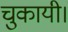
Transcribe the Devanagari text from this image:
चुकायी।